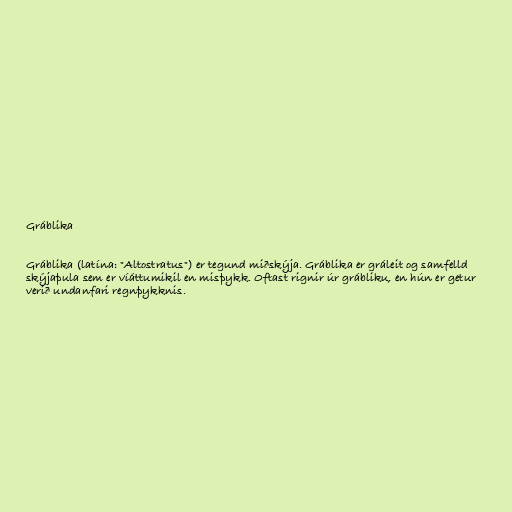
Gráblika

Gráblika (latína: "Altostratus") er tegund miðskýja. Gráblika er gráleit og samfelld
skýjaþula sem er víáttumikil en misþykk. Oftast rignir úr grábliku, en hún er getur
verið undanfari regnþykknis.